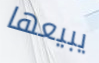
يبيعها